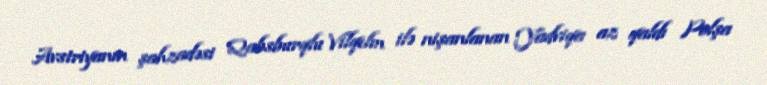
Avstriyanın şahzadəsi Qabsburqlu Vilqelm ilə nişanlanan Yadviqa az qaldı Polşa